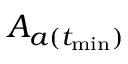
A _ { a ( t _ { \operatorname* { m i n } } ) }